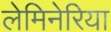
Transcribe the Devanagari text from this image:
लेमिनेरिया